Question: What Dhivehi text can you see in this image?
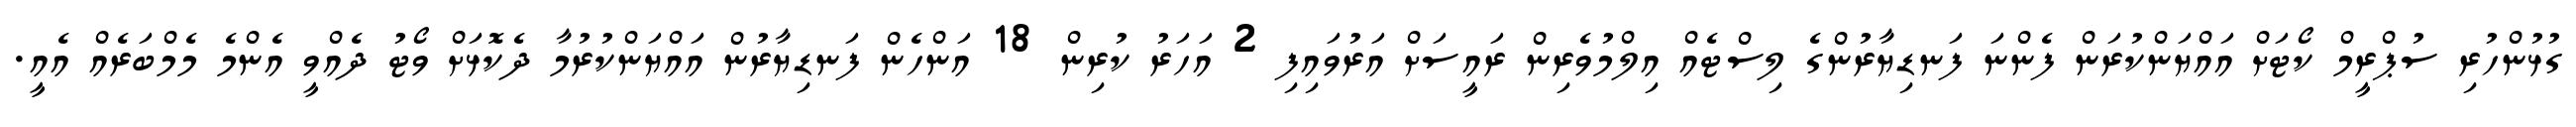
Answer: ގުޅުންހުރި ސުޕްރީމް ކޯޓަށް އައްޔަންކުރަން ފެންނަ ފަނޑިޔާރުންގެ ލިސްޓެއް އިލްމުވެރިން ރައީސަށް އަރުވައިފި 2 އަހަރު ކުރިން 18 އަންހެން ފަނޑިޔާރުން އައްޔަންކުރުމާ ދެކޮޅަށް ވޯޓު ދެއްވީ އެންމެ މެމްބަރެއް އެއީ.